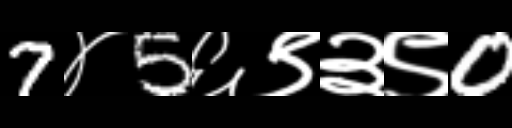
Text: 7४5६९३९0